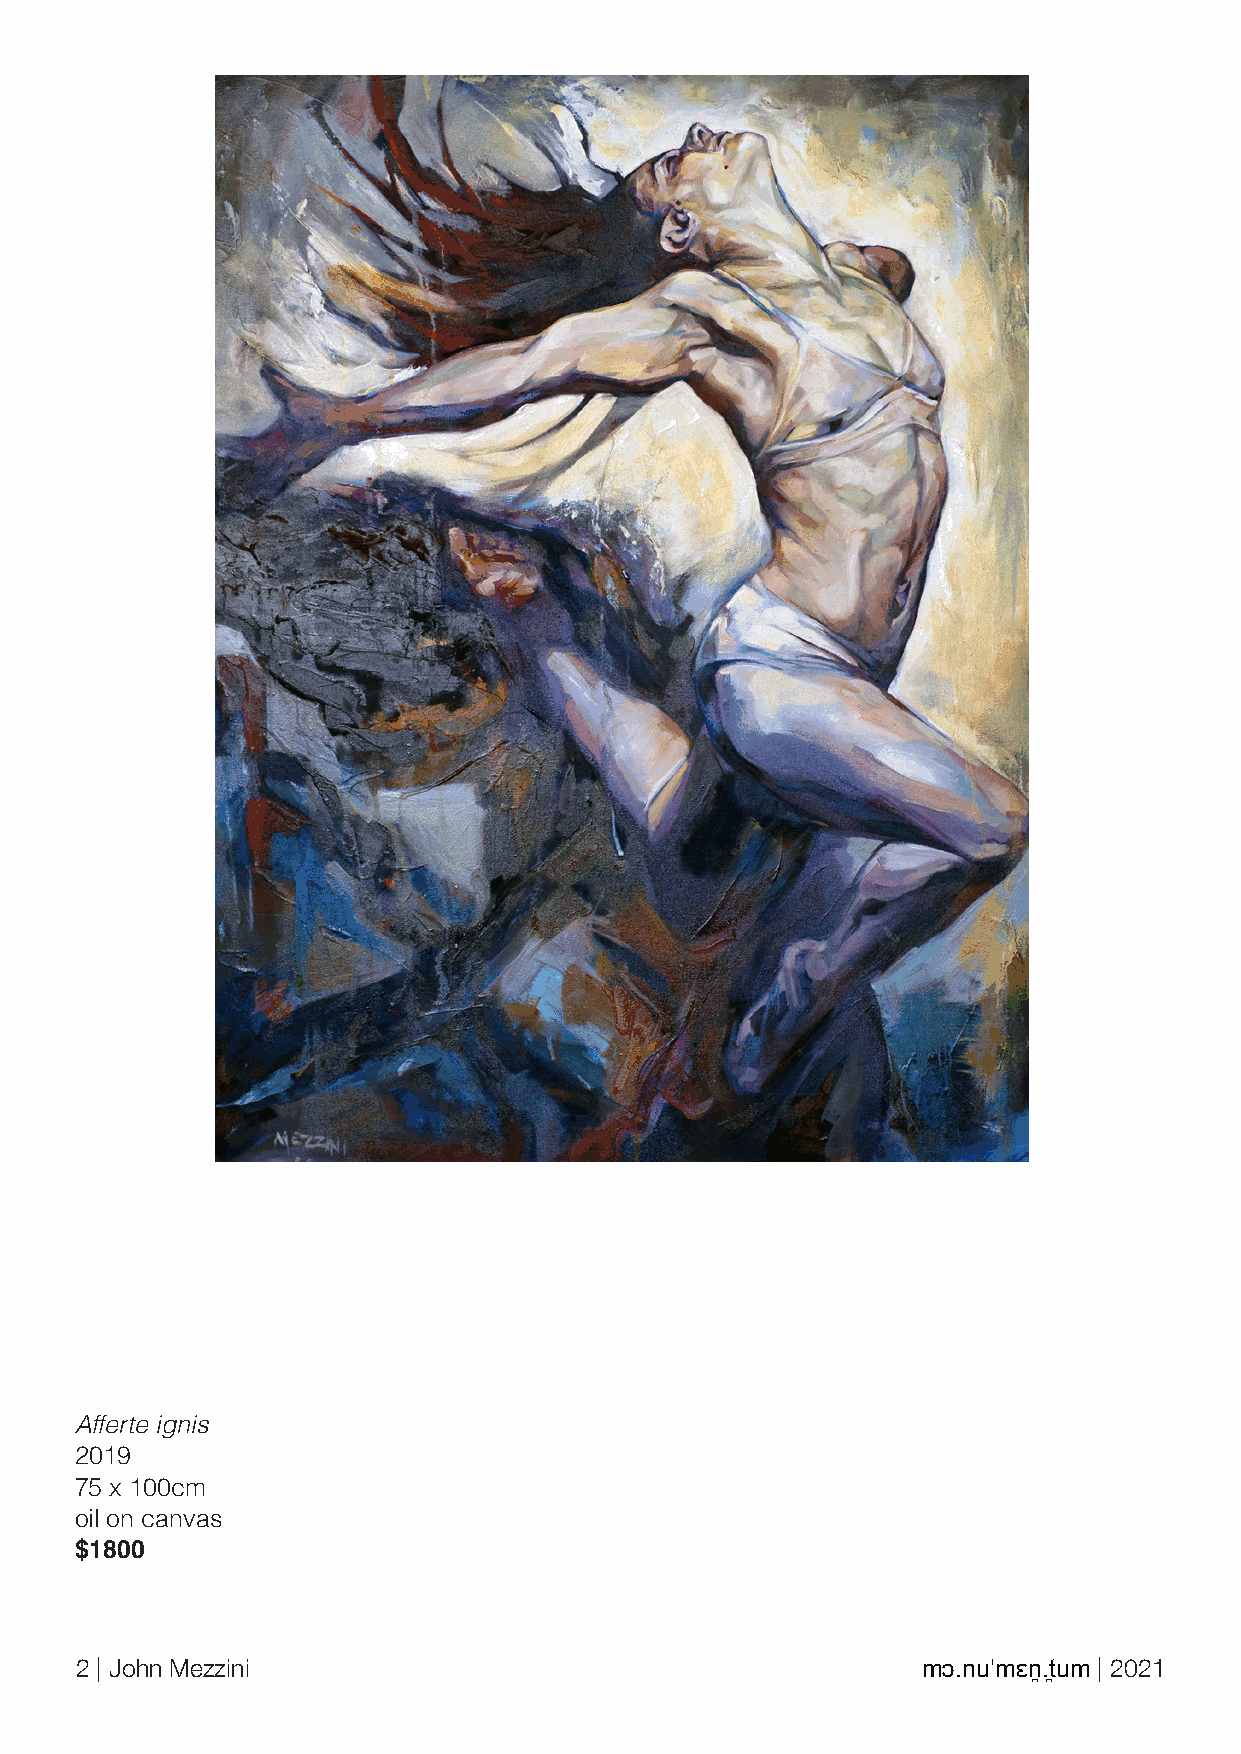
Afferte ignis
 2019
 75 x 100cm
 oil on canvas
 $1800
 2 | John Mezzini                                        mɔ.nuˈmɛn̪.t̪um | 2021